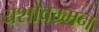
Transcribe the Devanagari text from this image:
यशोवम्र्मन